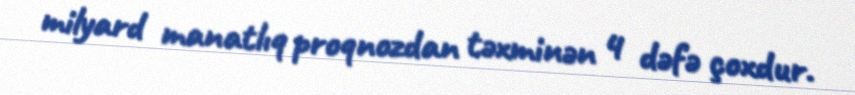
milyard manatlıq proqnozdan təxminən 4 dəfə çoxdur.